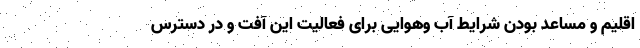
اقلیم و مساعد بودن شرایط آب وهوایی برای فعالیت این آفت و در دسترس